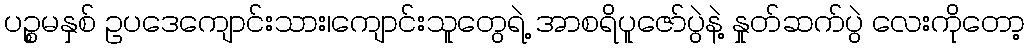
ပဉ္စမနှစ် ဥပဒေကျောင်းသား၊ကျောင်းသူတွေရဲ့ အာစရိပူဇော်ပွဲနဲ့ နှုတ်ဆက်ပွဲ လေးကိုတော့